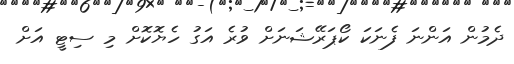
ދެމުން އަންނަ ފެނަކަ ކޯޕަރޭޝަނަށް ވުރެ އަގު ހެޔޮކޮށް މި ސިޓީ އަށް